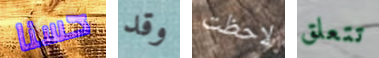
حسنا وقد لاحظت تتعلق